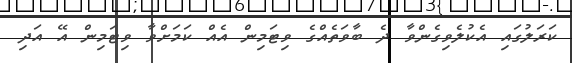
ކަރަލުގައި އެކުލެވިގެންވާ ދެ ބާވަތެއްގެ ވިޓަމިން އެއް ކަމަށްވާ ވިޓަމިން އޭ އަދި